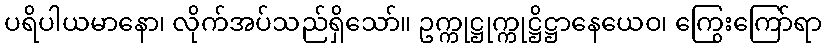
ပရိပါယမာနော၊ လိုက်အပ်သည်ရှိသော်။ ဥက္ကုဋ္ဌုက္ကုဋ္ဌိဋ္ဌာနေယေဝ၊ ကြွေးကြော်ရာ